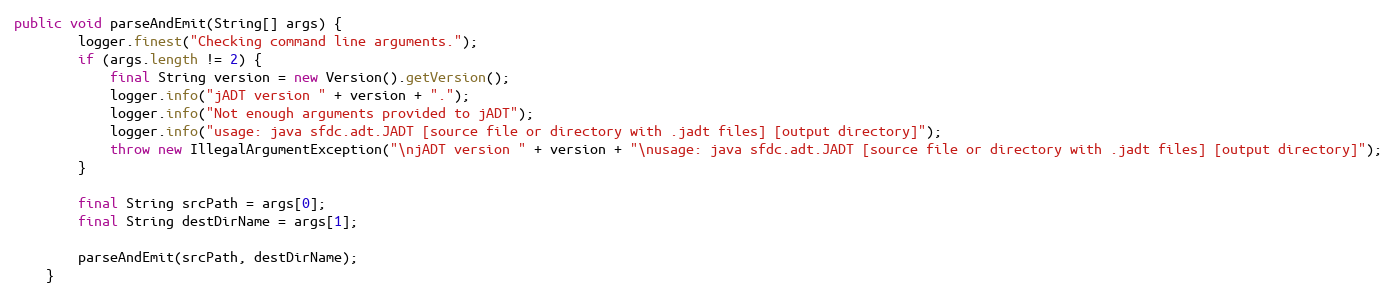
Language: Java
public void parseAndEmit(String[] args) {
    	logger.finest("Checking command line arguments.");
        if (args.length != 2) {
        	final String version = new Version().getVersion();
        	logger.info("jADT version " + version + ".");
        	logger.info("Not enough arguments provided to jADT");
        	logger.info("usage: java sfdc.adt.JADT [source file or directory with .jadt files] [output directory]");
            throw new IllegalArgumentException("\njADT version " + version + "\nusage: java sfdc.adt.JADT [source file or directory with .jadt files] [output directory]");
        }

        final String srcPath = args[0];
        final String destDirName = args[1];

        parseAndEmit(srcPath, destDirName);
    }